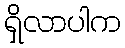
ရှိလာပါက